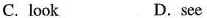
C. look D.see